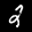
Label: 2